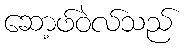
ဆော့ဖ်ဝဲလ်သည်